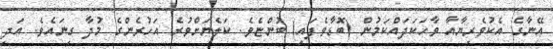
އޭނާގެ އެކުވެރިޔާއާ ވާހަކަދައްކަމުން (ބޮޑާވެފައި) ބުންޏެވެ. ކަލެޔަށްވުރެ އަހުރެންގެ މުދާ ގިނައެވެ. އަދި